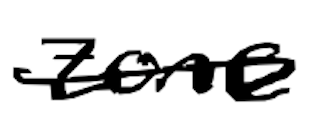
Text: zone
Cross-out: single-line
Writing tool: digital_black